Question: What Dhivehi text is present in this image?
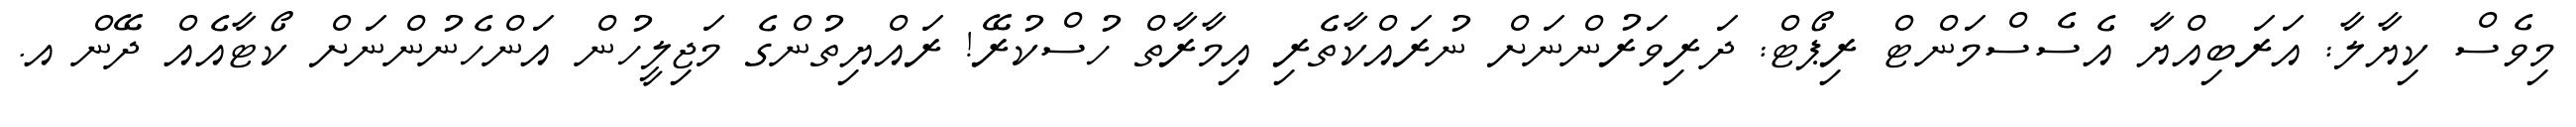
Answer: މިވެސް ކިޔާލާ: އަރަބިއްޔާ އެސެސްމަންޓް ރިޕޯޓް: ދަރިވަރުންނަށް ނުރައްކާތެރި އިމާރާތް ހުސްކުރޭ! ރައްޔިތުންގެ މަޖިލީހުން އަންހެނުންނަށް ކޯޓާއެއް ދޭން އ.